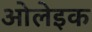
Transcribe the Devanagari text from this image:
ओलेइक